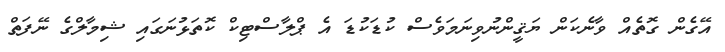
އޭގެން ގޮތެއް ވާނެކަން ޔަޤީންނުވިނަމަވެސް ކުޑަކުޑަ އެ ޕްލާސްޓިކް ކޮތަޅުނަގައި ޝިމާލްގެ ނޭފަތް